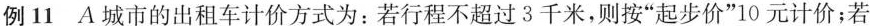
例11 A城市的出租车计价方式为：若行程不超过3千米，则按“起步价”10元计价；若